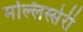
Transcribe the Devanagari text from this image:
मल्लिस्सेरी